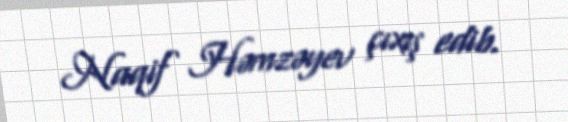
Naqif Həmzəyev çıxış edib.